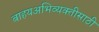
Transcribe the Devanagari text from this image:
बाहयअभिव्यक्‍तीसाठी